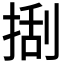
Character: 𢯔